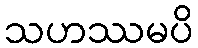
သဟဿမပိ